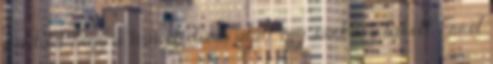
például, hogy a Wawel-domb alatt egy sárkány lakott. Erről